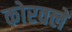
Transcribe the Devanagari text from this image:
कोरवले